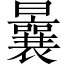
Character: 曩